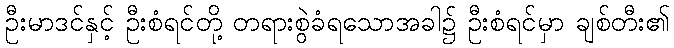
ဦးမာဒင်နှင့် ဦးစံရင်တို့ တရားစွဲခံရသောအခါ၌ ဦးစံရင်မှာ ချစ်တီး၏